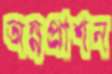
অন্নপ্রাশন